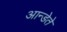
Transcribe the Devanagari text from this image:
आन्डेते